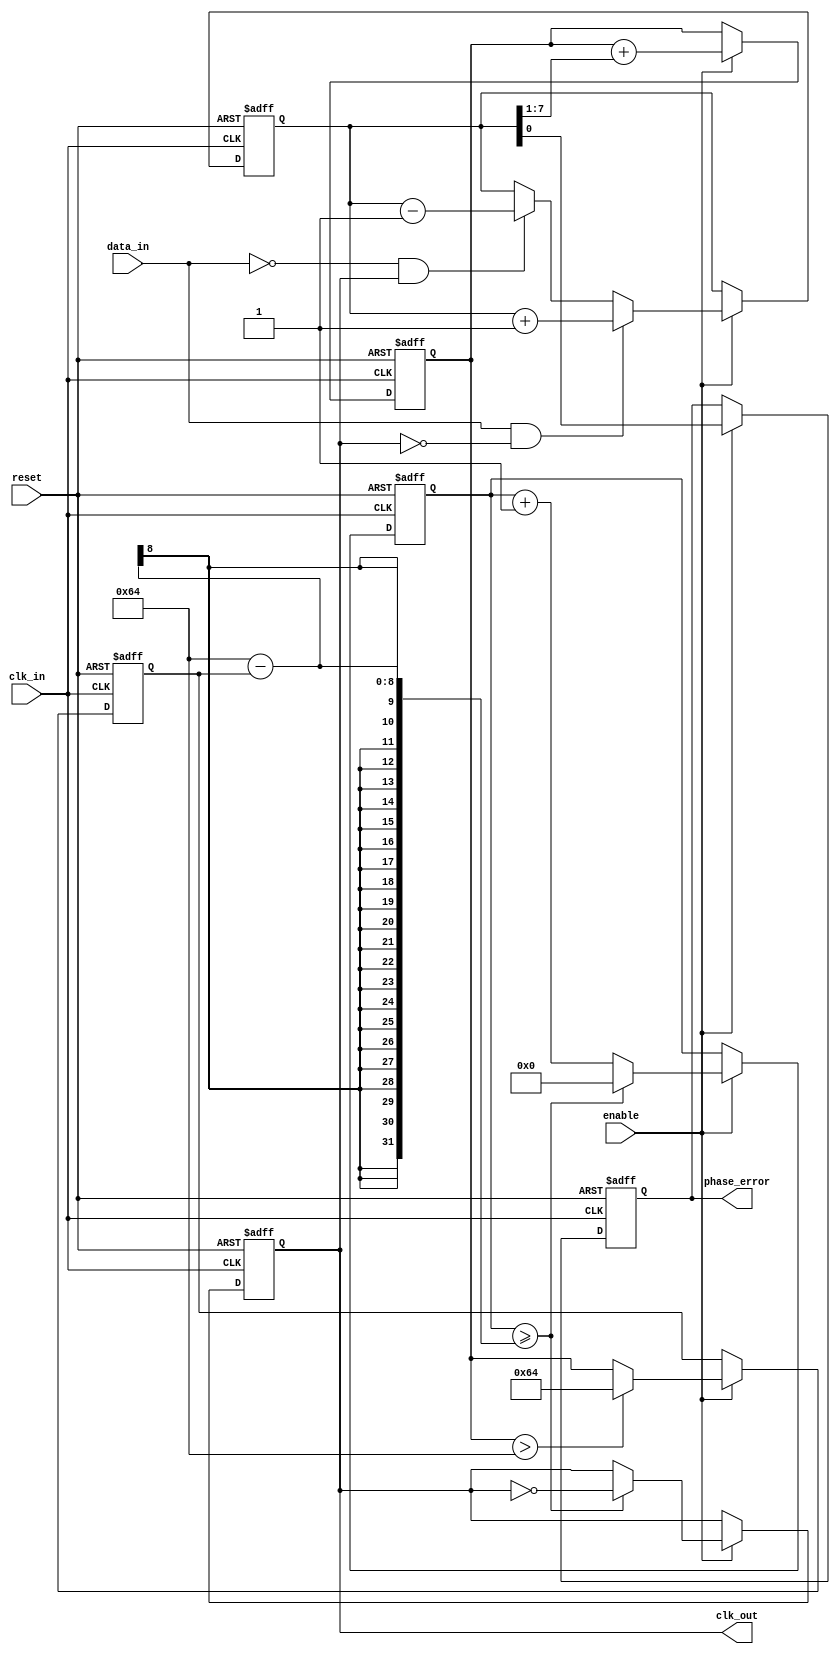
module MemoryBlocksClockRecoveryPLL (
    input wire clk_in,          // Incoming data clock
    input wire data_in,         // Incoming data stream
    output reg clk_out,         // Output clock signal
    output reg phase_error,     // Phase error signal
    input wire reset,           // Reset signal
    input wire enable           // Enable signal
);

    // Parameters
    parameter PHASE_WIDTH = 8;  // Width of phase error signal
    parameter FILTER_WIDTH = 8;  // Width of loop filter output
    parameter VCO_MAX_FREQ = 100; // Max frequency for VCO (arbitrary units)

    // Internal signals
    reg [PHASE_WIDTH-1:0] phase_error_reg;
    reg [FILTER_WIDTH-1:0] loop_filter_out;
    reg [FILTER_WIDTH-1:0] vco_freq;
    reg [FILTER_WIDTH-1:0] vco_counter;

    // Phase Detector (PD)
    always @(posedge clk_in or posedge reset) begin
        if (reset) begin
            phase_error_reg <= 0;
        end else if (enable) begin
            // Simple phase detection logic
            if (data_in && !clk_out) begin
                phase_error_reg <= phase_error_reg + 1; // Phase lead
            end else if (!data_in && clk_out) begin
                phase_error_reg <= phase_error_reg - 1; // Phase lag
            end
        end
    end

    // Loop Filter (LF)
    always @(posedge clk_in or posedge reset) begin
        if (reset) begin
            loop_filter_out <= 0;
        end else if (enable) begin
            // Simple low-pass filter
            loop_filter_out <= loop_filter_out + (phase_error_reg >> 1); // Example filter
        end
    end

    // Voltage-Controlled Oscillator (VCO)
    always @(posedge clk_in or posedge reset) begin
        if (reset) begin
            vco_freq <= 0;
            clk_out <= 0;
            vco_counter <= 0;
        end else if (enable) begin
            // Adjust VCO frequency based on loop filter output
            vco_freq <= (loop_filter_out > VCO_MAX_FREQ) ? VCO_MAX_FREQ : loop_filter_out;

            // Generate output clock based on VCO frequency
            vco_counter <= vco_counter + 1;
            if (vco_counter >= (VCO_MAX_FREQ - vco_freq)) begin
                clk_out <= ~clk_out; // Toggle output clock
                vco_counter <= 0;
            end
        end
    end

    // Output phase error signal
    always @(posedge clk_in or posedge reset) begin
        if (reset) begin
            phase_error <= 0;
        end else if (enable) begin
            phase_error <= phase_error_reg[0]; // Example output
        end
    end

endmodule